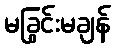
မခြွင်းမချန်